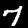
Digit: 7